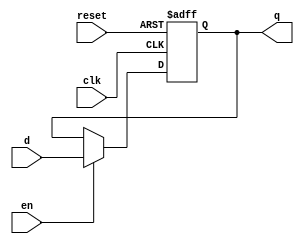
module d_ff_en_rst(input d, clk, en, reset, output reg q);
always @(posedge clk or negedge reset) begin
if (!reset) begin
q <= 1'b0;
end
else if (en) begin
q <= d;
end
end
endmodule